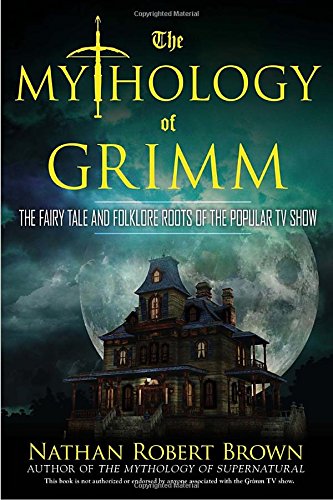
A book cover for The Mythology of Grimm: The Fairy Tale and Folklore Roots of the Popular TV Show; Nathan Robert Brown; Humor & Entertainment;